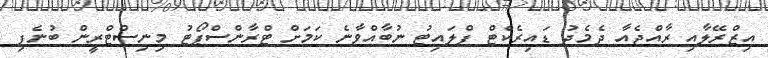
އިޒްރޭލާއި ރާއްޖެއާ ދެމެދު ޑައިރެކްޓް ފްލައިޓު ނުބާއްވާނެ ކަމަށް ޓްރާންސްޕޯޓު މިނިސްޓްރީން ބުނެފި